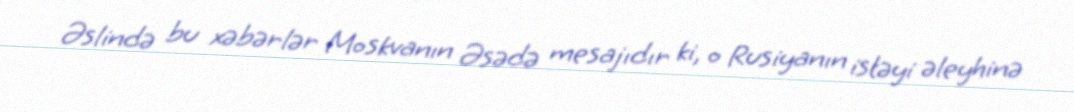
Əslində bu xəbərlər Moskvanın Əsədə mesajıdır ki, o Rusiyanın istəyi əleyhinə